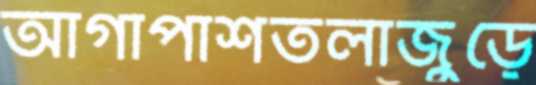
আগাপাশতলাজুড়ে